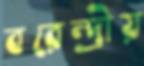
বরেন্দ্রীয়